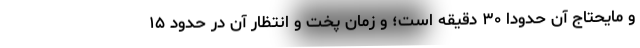
و مایحتاج آن حدودا ۳۰ دقیقه است؛ و زمان پخت و انتظار آن در حدود ۱۵